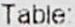
TABLE: